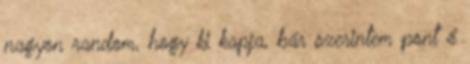
nagyon random, hogy ki kapja, bár szerintem pont ő